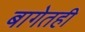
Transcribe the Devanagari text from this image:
बागेतही